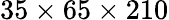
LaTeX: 35\times 65\times 210